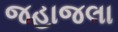
જહાજલા